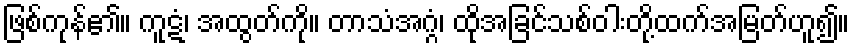
ဖြစ်ကုန်၏။ ကူဋံ၊ အထွတ်ကို။ တာသံအဂ္ဂံ၊ ထိုအခြင်သစ်ဝါးတို့ထက်အမြတ်ဟူ၍။